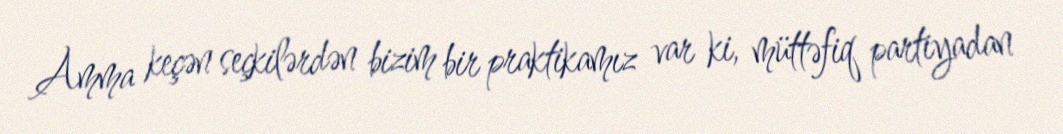
Amma keçən seçkilərdən bizim bir praktikamız var ki, müttəfiq partiyadan